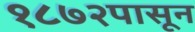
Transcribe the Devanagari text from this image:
१८७२पासून